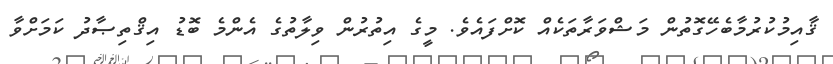
ޤާއިމުކުރުމާބެހޭގޮތުން މަޝްވަރާތަކެއް ކޮށްފައެވެ. މީގެ އިތުރުން ވިލާތުގެ އެންމެ ބޮޑު އިޤްތިޞާދު ކަމަށްވާ